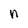
Character: n